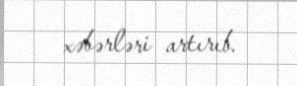
xəbərləri artırıb.